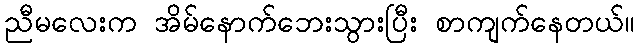
ညီမလေးက အိမ်နောက်ဘေးသွားပြီး စာကျက်နေတယ်။